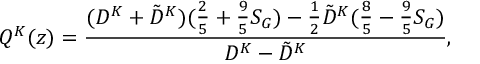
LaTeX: Q ^ { K } ( z ) = \frac { ( D ^ { K } + \tilde { D } ^ { K } ) ( \frac { 2 } { 5 } + \frac { 9 } { 5 } S _ { G } ) - \frac { 1 } { 2 } \tilde { D } ^ { K } ( \frac { 8 } { 5 } - \frac { 9 } { 5 } S _ { G } ) } { D ^ { K } - \tilde { D } ^ { K } } ,